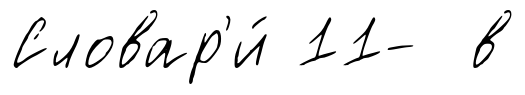
Словар'и́ 11- в